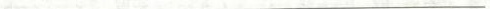
___